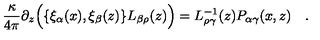
{ \frac { \kappa } { 4 \pi } } \partial _ { z } \Bigl ( \{ \xi _ { \alpha } ( x ) , \xi _ { \beta } ( z ) \} L _ { \beta \rho } ( z ) \Bigr ) = L _ { \rho \gamma } ^ { - 1 } ( z ) P _ { \alpha \gamma } ( x , z ) \quad .